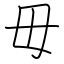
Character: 毋